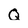
Character: Q